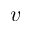
v